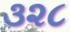
૩૨૮